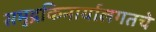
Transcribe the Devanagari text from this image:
समुद्रकिनार्यालगतचे